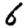
Digit: 6